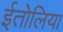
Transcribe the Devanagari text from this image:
ईतोलिया